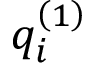
q _ { i } ^ { \left( 1 \right) }